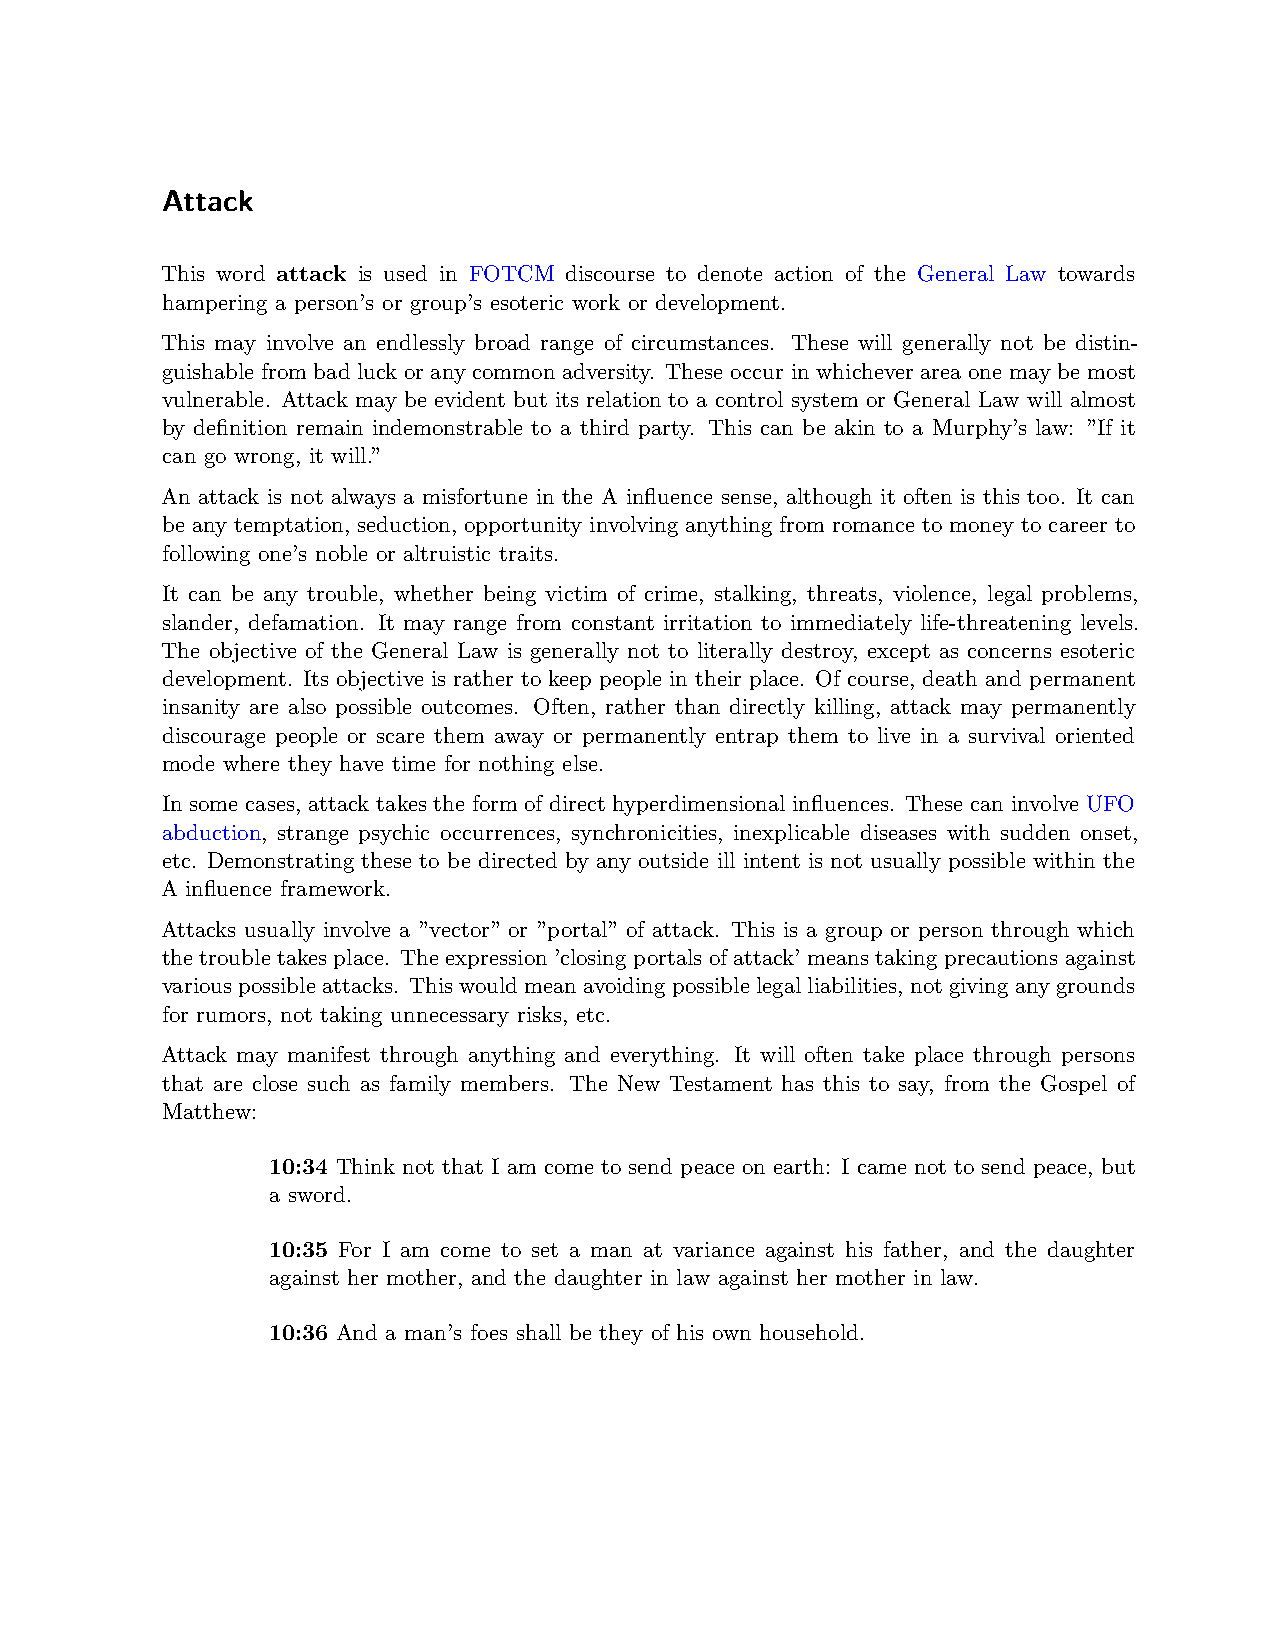
Attack
 This word attack is used in FOTCM discourse to denote action of the General Law towards
 hampering a person’s or group’s esoteric work or development.
 This may involve an endlessly broad range of circumstances. These will generally not be distin-
 guishable from bad luck or any common adversity. These occur in whichever area one may be most
 vulnerable. Attack may be evident but its relation to a control system or General Law will almost
 by definition remain indemonstrable to a third party. This can be akin to a Murphy’s law: ”If it
 can go wrong, it will.”
 An attack is not always a misfortune in the A influence sense, although it often is this too. It can
 be any temptation, seduction, opportunity involving anything from romance to money to career to
 following one’s noble or altruistic traits.
 It can be any trouble, whether being victim of crime, stalking, threats, violence, legal problems,
 slander, defamation. It may range from constant irritation to immediately life-threatening levels.
 The objective of the General Law is generally not to literally destroy, except as concerns esoteric
 development. Its objective is rather to keep people in their place. Of course, death and permanent
 insanity are also possible outcomes. Often, rather than directly killing, attack may permanently
 discourage people or scare them away or permanently entrap them to live in a survival oriented
 mode where they have time for nothing else.
 In some cases, attack takes the form of direct hyperdimensional influences. These can involve UFO
 abduction, strange psychic occurrences, synchronicities, inexplicable diseases with sudden onset,
 etc. Demonstrating these to be directed by any outside ill intent is not usually possible within the
 A influence framework.
 Attacks usually involve a ”vector” or ”portal” of attack. This is a group or person through which
 thetroubletakesplace. The expression’closingportalsofattack’means takingprecautionsagainst
 variouspossibleattacks. Thiswouldmeanavoidingpossiblelegalliabilities, notgivinganygrounds
 for rumors, not taking unnecessary risks, etc.
 Attack may manifest through anything and everything. It will often take place through persons
 that are close such as family members. The New Testament has this to say, from the Gospel of
 Matthew:
 10:34 Think not that I am come to send peace on earth: I came not to send peace, but
 a sword.
 10:35 For I am come to set a man at variance against his father, and the daughter
 against her mother, and the daughter in law against her mother in law.
 10:36 And a man’s foes shall be they of his own household.